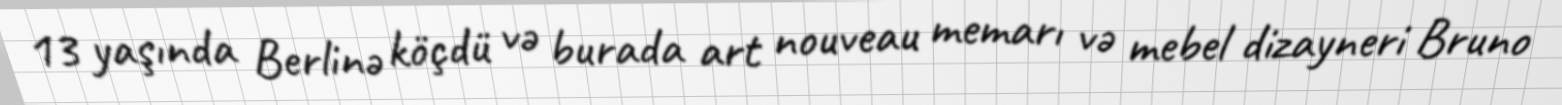
13 yaşında Berlinə köçdü və burada art nouveau memarı və mebel dizayneri Bruno